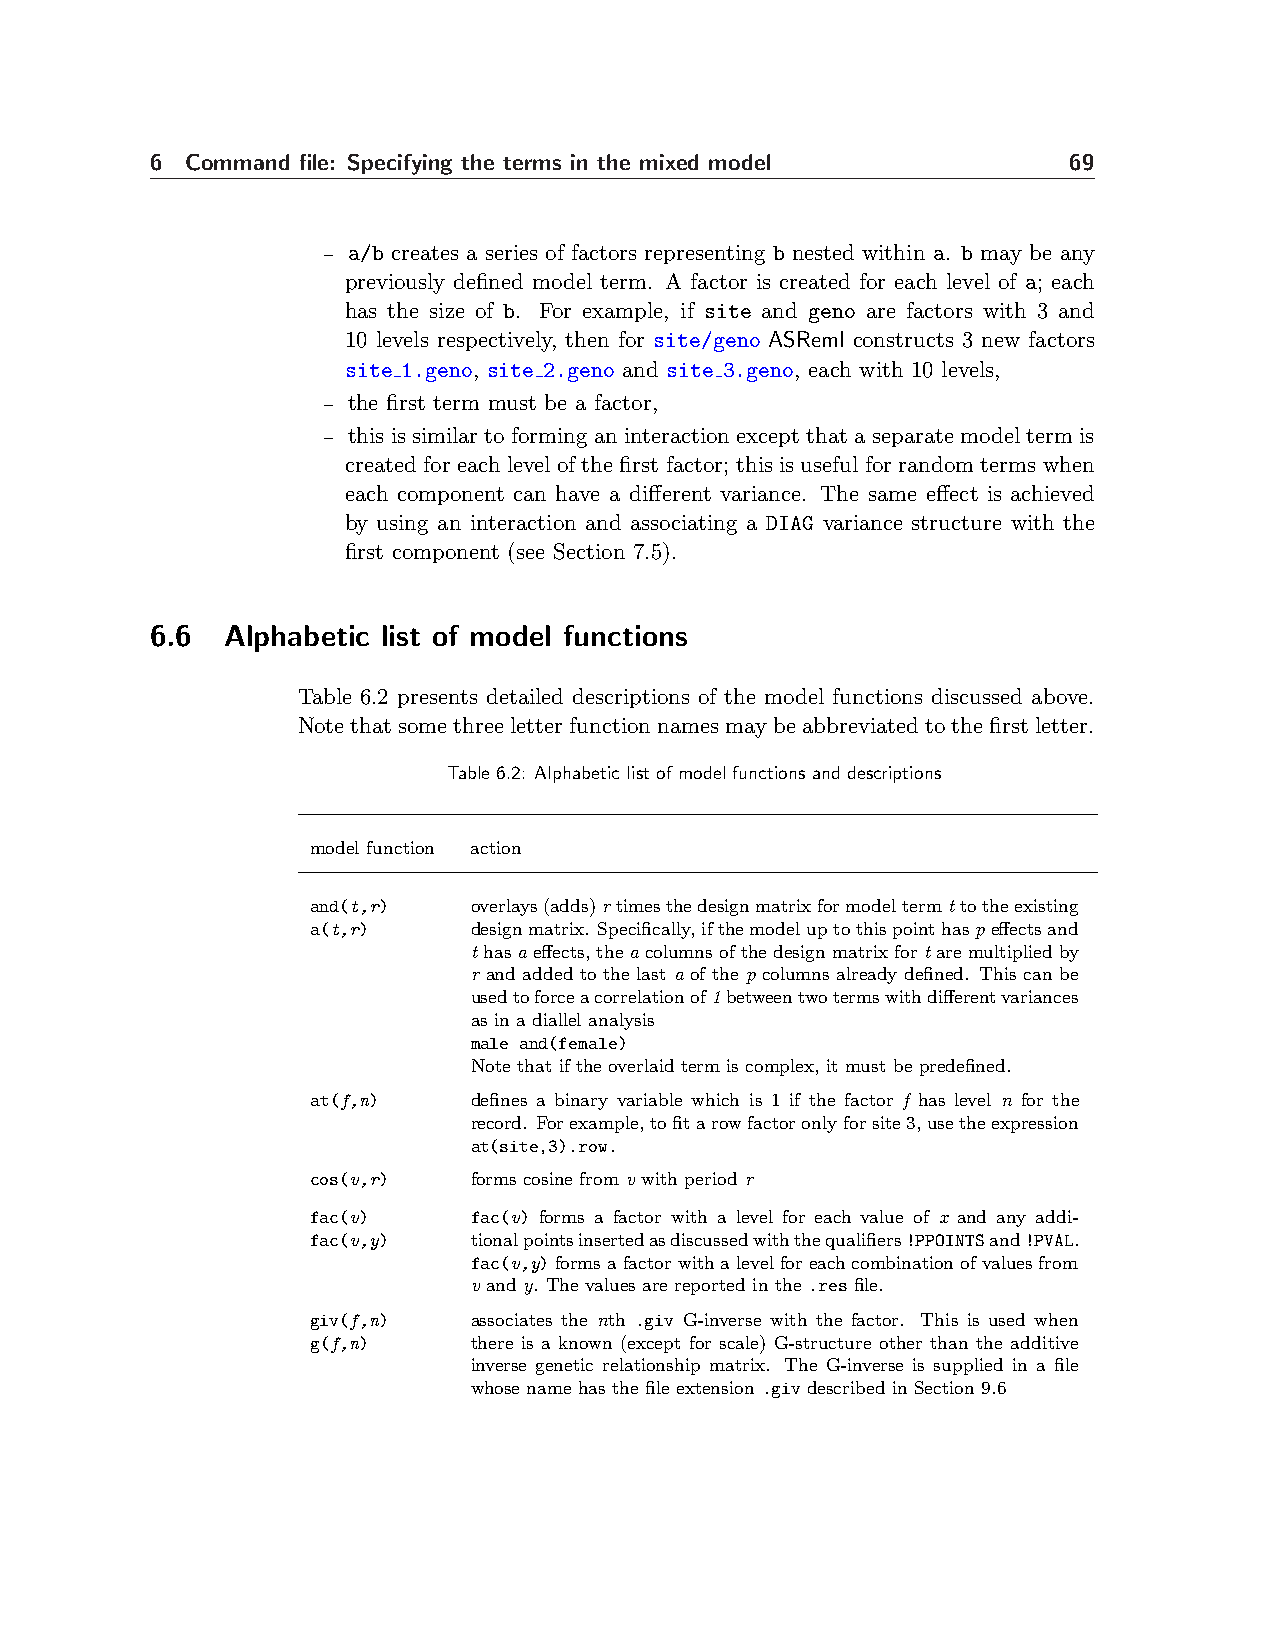
6 Command file: Specifying the terms in the mixed model      69
 – a/b creates a series of factors representing b nested within a. b may be any
 previously defined model term. A factor is created for each level of a; each
 has the size of b. For example, if site and geno are factors with 3 and
 10 levels respectively, then for site/geno ASReml constructs 3 new factors
 site 1.geno, site 2.geno and site 3.geno, each with 10 levels,
 – the first term must be a factor,
 – thisissimilartoforminganinteractionexceptthataseparatemodeltermis
 created for each level of the first factor; this is useful for random terms when
 each component can have a different variance. The same effect is achieved
 by using an interaction and associating a DIAG variance structure with the
 first component (see Section 7.5).
 6.6  Alphabetic list of model functions
 Table 6.2 presents detailed descriptions of the model functions discussed above.
 Notethatsomethreeletterfunctionnamesmaybeabbreviatedtothefirstletter.
 Table 6.2: Alphabetic list of model functions and descriptions
 model function action
 and(t,r)  overlays(adds)rtimesthedesignmatrixformodeltermttotheexisting
 a(t,r)    designmatrix. Specifically,ifthemodeluptothispointhaspeffectsand
 thasaeffects,theacolumnsofthedesignmatrixfortaremultipliedby
 r and added to the last a of the p columns already defined. This can be
 usedtoforceacorrelationof1betweentwotermswithdifferentvariances
 as in a diallel analysis
 male and(female)
 Note that if the overlaid term is complex, it must be predefined.
 at(f,n)   defines a binary variable which is 1 if the factor f has level n for the
 record. Forexample,tofitarowfactoronlyforsite3,usetheexpression
 at(site,3).row.
 cos(v,r)  forms cosine from v with period r
 fac(v)    fac(v) forms a factor with a level for each value of x and any addi-
 fac(v,y)  tionalpointsinsertedasdiscussedwiththequalifiers!PPOINTSand!PVAL.
 fac(v,y)formsafactorwithalevelforeachcombinationofvaluesfrom
 v and y. The values are reported in the .res file.
 giv(f,n)  associates the nth .giv G-inverse with the factor. This is used when
 g(f,n)    there is a known (except for scale) G-structure other than the additive
 inverse genetic relationship matrix. The G-inverse is supplied in a file
 whose name has the file extension .giv described in Section 9.6